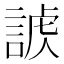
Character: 𧩐